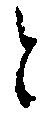
と